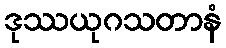
ဒုဿယုဂသတာနံ